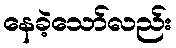
နေခဲ့သော်လည်း